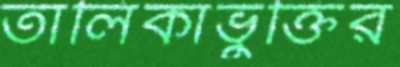
তালিকাভুক্তির